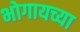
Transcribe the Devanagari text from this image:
भोगायच्या